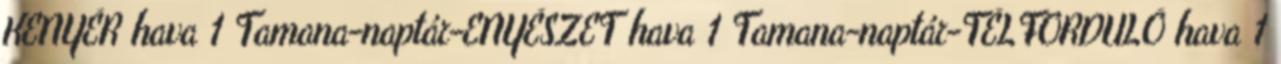
KENYÉR hava 1 Tamana-naptár-ENYÉSZET hava 1 Tamana-naptár-TÉLFORDULÓ hava 1